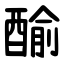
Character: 䤅